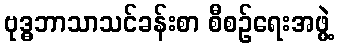
ဗုဒ္ဓဘာသာသင်ခန်းစာ စီစဉ်ရေးအဖွဲ့